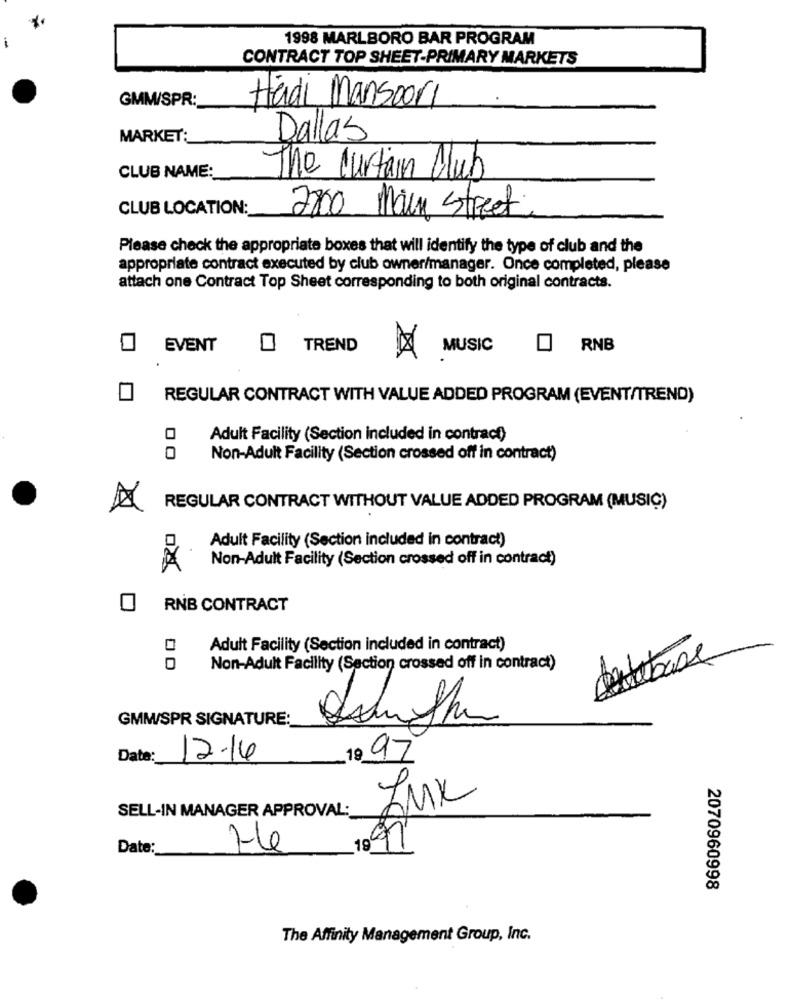
1998 MARLBORO BAR PROGRAM
CONTRACT TOP SHEET-PRIMARY MARKETS
Hadi Mansoori
GMM/SPR:
MARKET :_
Dallas
CLUB NAME:
The Curtain Club
CLUB LOCATION:
2800 Main Street.
Please check the appropriate boxes that will identify the type of club and the
appropriate contract executed by club owner/manager. Once completed, please
attach one Contract Top Sheet corresponding to both original contracts.
EVENT
O TREND
MUSIC
RNB
0
REGULAR CONTRACT WITH VALUE ADDED PROGRAM (EVENT/TREND)
Adult Facility (Section included in contract)
Non-Adult Facility (Section crossed off in contract)
REGULAR CONTRACT WITHOUT VALUE ADDED PROGRAM (MUSIC)
Adult Facility (Section included in contract)
Non-Adult Facility (Section crossed off in contract)
RNB CONTRACT
Adult Facility (Section included in contract)
Non-Adult Facility (Section crossed off in contract)
GMMW/SPR SIGNATURE:
Date:
12.14
19 97
SELL-IN MANAGER APPROVAL:
Date:
He
2070960998
The Affinity Management Group, Inc.